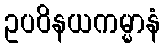
ဥပဝိနယကမ္မာနံ